Leaving Certificate Examination (including Day School Certificate (Higher) General paper), 1931
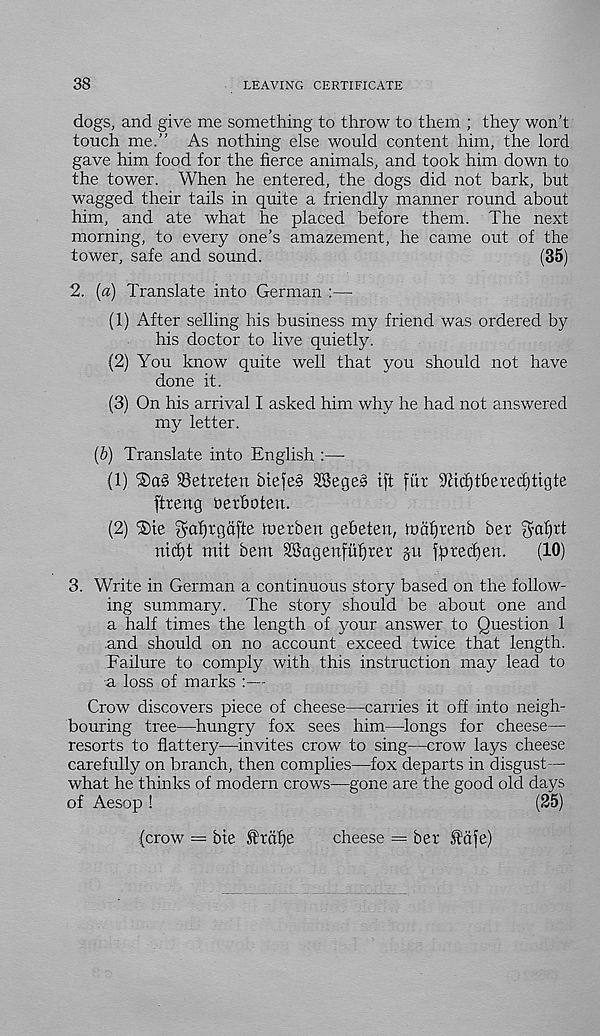
38
LEAVING CERTIFICATE
dogs, and give me something to throw to them ; they won’t
touch me.” As nothing else would content him, the lord
gave him food for the fierce animals, and took him down to
the tower. When he entered, the dogs did not bark, but
wagged their tails in quite a friendly manner round about
him, and ate what he placed before them. The next
morning, to every one’s amazement, he came out of the
tower, safe and sound.
(35)
2. (a) Translate into German :—-
(1) After selling his business my friend was ordered by
his doctor to live quietly.
(2) You know quite well that you should not have
done it.
(3) On his arrival I asked him why he had not answered
my letter.
(b) Translate into English :—
(1) 'SaS iBetreten biefe§ 28ege§ iff fitr 9£ic£)t£>erecf)tigte
ftreng berhoten.
(2) ®te ^afjrgdfte toerben gebeten, lubfirenb ber $af)rt
nicf)t mit bent SBagenfufjrer git jptecfyen.
(10)
3. Write in German a continuous story based on the follow-
ing summary. The story should be about one and
a half times the length of your answer to Question 1
and should on no account exceed twice that length.
Failure to comply with this instruction may lead to
a loss of marks :—
Crow discovers piece of cheese—carries it off into neigh-
bouring tree—hungry fox sees him—longs for cheese—
resorts to flattery—invites crow to sing—crow lays cheese
carefully on branch, then complies—fox departs in disgust—
what he thinks of modern crows—gone are the good old days
of Aesop !
(25)
(crow = bie 5h(il)e
cheese = ber JMfe)